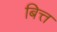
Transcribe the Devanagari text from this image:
बित्त